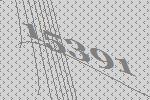
15391